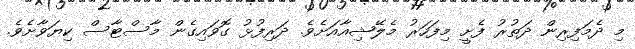
މި ދެމަފިރިން ދަތުރު ފެށީ މިފަހަރު މެލޭޝިއާއަށެވެ. ދަރިފުޅު ގޮވައިގެން މާސްޓާސް ކިޔަވާށެވެ.